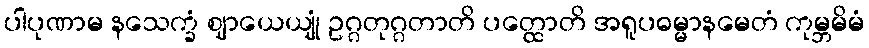
ပါပုဏာမ နသေက္ခံ ဈာယေယျုံ ဥဂ္ဂတုဂ္ဂတာတိ ပတ္ထောတိ အရူပဓမ္မာနမေတံ ကုမ္ဘမိမံ